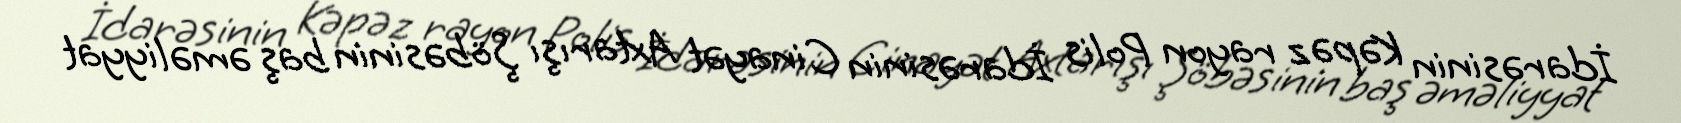
İdarəsinin Kəpəz rayon Polis İdarəsinin Cinayət Axtarışı Şöbəsinin baş əməliyyat